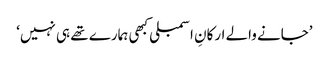
’جانے والے ارکانِ اسمبلی کبھی ہمارے تھے ہی نہیں‘